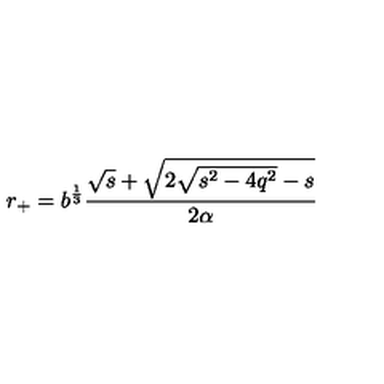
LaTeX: r _ { + } = b ^ { \frac 1 3 } \frac { \sqrt { s } + \sqrt { 2 \sqrt { s ^ { 2 } - 4 q ^ { 2 } } - s } } { 2 \alpha }